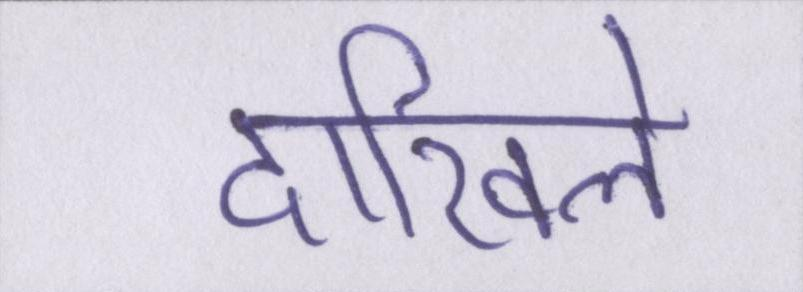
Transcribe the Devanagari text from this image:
दाखिले